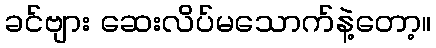
ခင်ဗျား ဆေးလိပ်မသောက်နဲ့တော့။